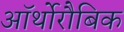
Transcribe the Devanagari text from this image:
ऑर्थोरौबिक